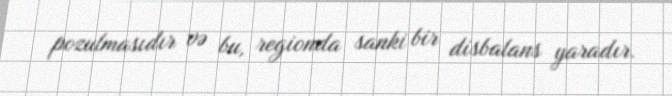
pozulmasıdır və bu, regionda sanki bir disbalans yaradır.